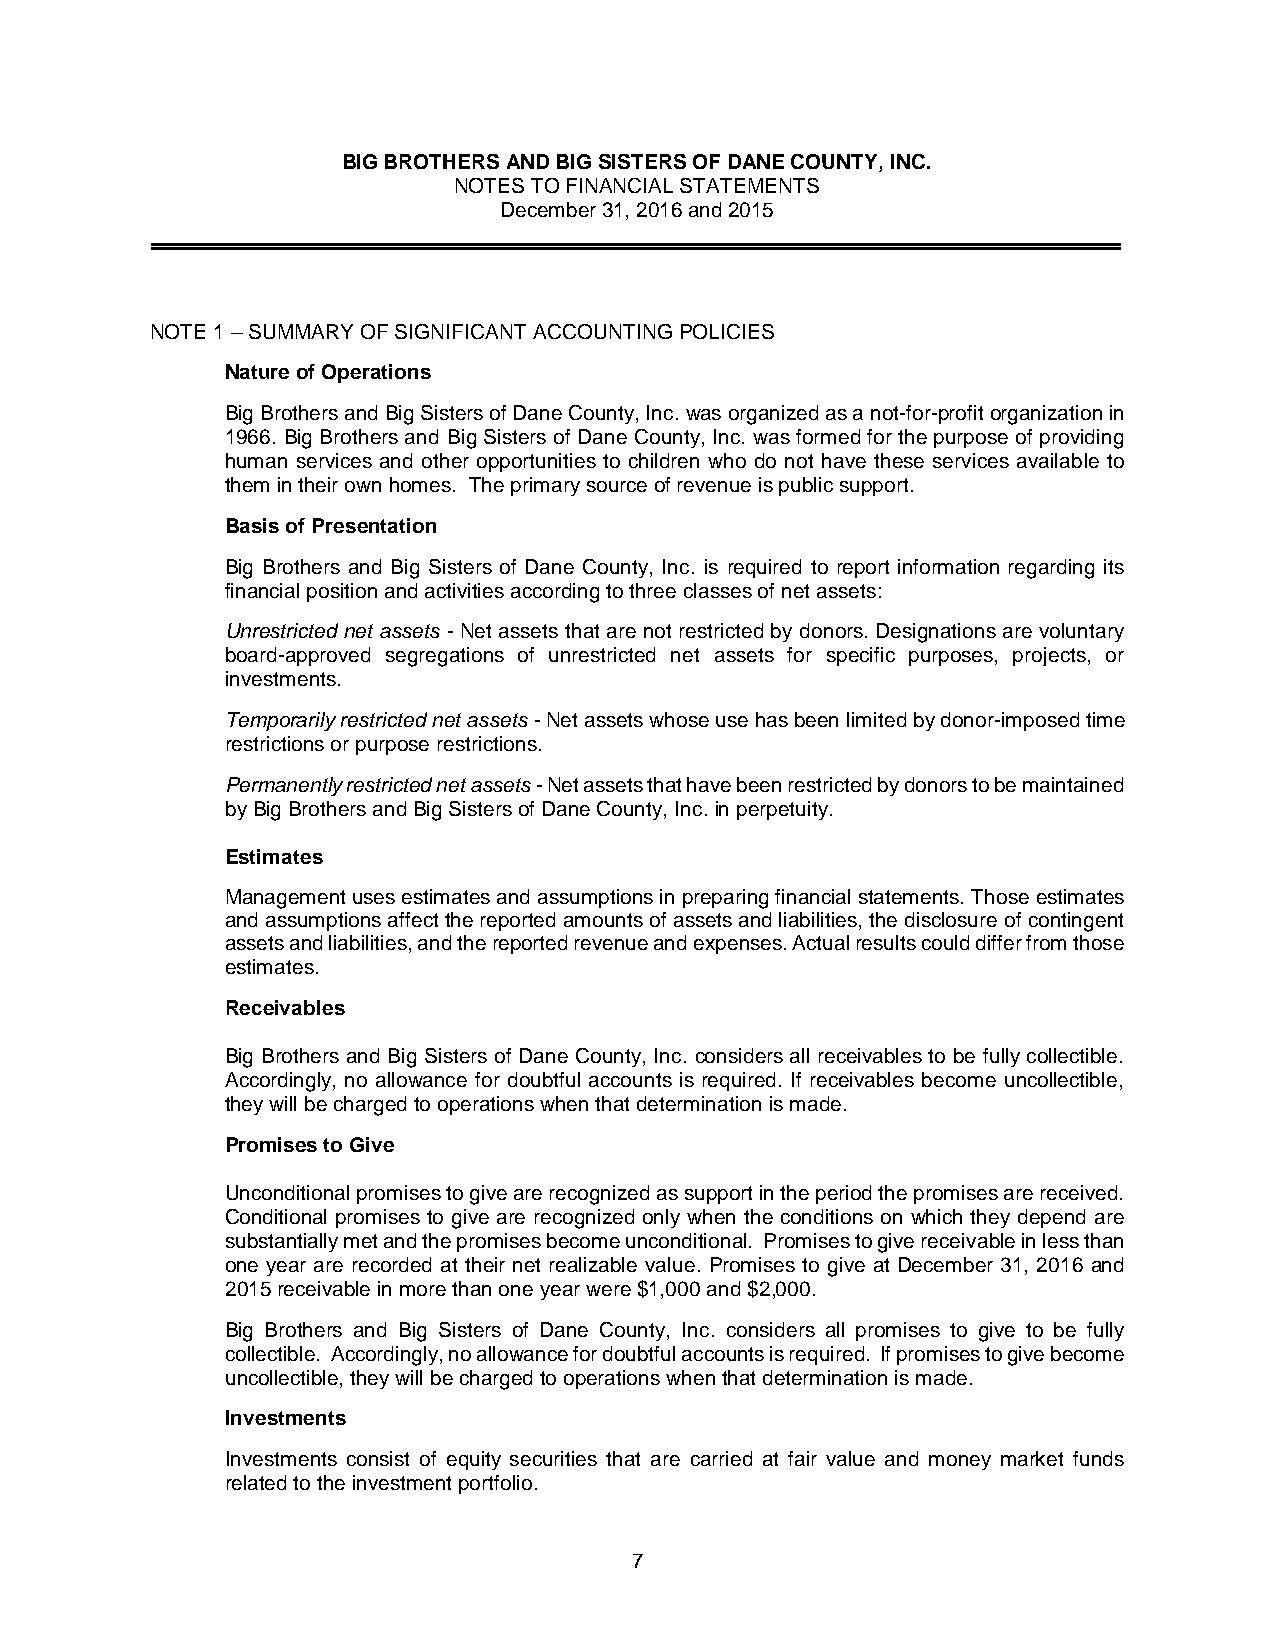
BIG BROTHERS AND BIG SISTERS OF DANE COUNTY, INC.
 NOTES TO FINANCIAL STATEMENTS
 December 31, 2016 and 2015
 NOTE 1 – SUMMARY OF SIGNIFICANT ACCOUNTING POLICIES
 Nature of Operations
 Big Brothers and Big Sisters of Dane County, Inc. was organized as a not-for-profit organization in
 1966. Big Brothers and Big Sisters of Dane County, Inc. was formed for the purpose of providing
 human services and other opportunities to children who do not have these services available to
 them in their own homes. The primary source of revenue is public support.
 Basis of Presentation
 Big Brothers and Big Sisters of Dane County, Inc. is required to report information regarding its
 financial position and activities according to three classes of net assets:
 Unrestricted net assets - Net assets that are not restricted by donors. Designations are voluntary
 board-approved segregations of unrestricted net assets for specific purposes, projects, or
 investments.
 Temporarily restricted net assets - Net assets whose use has been limited by donor-imposed time
 restrictions or purpose restrictions.
 Permanently restricted net assets - Net assets that have been restricted by donors to be maintained
 by Big Brothers and Big Sisters of Dane County, Inc. in perpetuity.
 Estimates
 Management uses estimates and assumptions in preparing financial statements. Those estimates
 and assumptions affect the reported amounts of assets and liabilities, the disclosure of contingent
 assets and liabilities, and the reported revenue and expenses. Actual results could differ from those
 estimates.
 Receivables
 Big Brothers and Big Sisters of Dane County, Inc. considers all receivables to be fully collectible.
 Accordingly, no allowance for doubtful accounts is required. If receivables become uncollectible,
 they will be charged to operations when that determination is made.
 Promises to Give
 Unconditional promises to give are recognized as support in the period the promises are received.
 Conditional promises to give are recognized only when the conditions on which they depend are
 substantially met and the promises become unconditional. Promises to give receivable in less than
 one year are recorded at their net realizable value. Promises to give at December 31, 2016 and
 2015 receivable in more than one year were $1,000 and $2,000.
 Big Brothers and Big Sisters of Dane County, Inc. considers all promises to give to be fully
 collectible. Accordingly, no allowance for doubtful accounts is required. If promises to give become
 uncollectible, they will be charged to operations when that determination is made.
 Investments
 Investments consist of equity securities that are carried at fair value and money market funds
 related to the investment portfolio.
 7